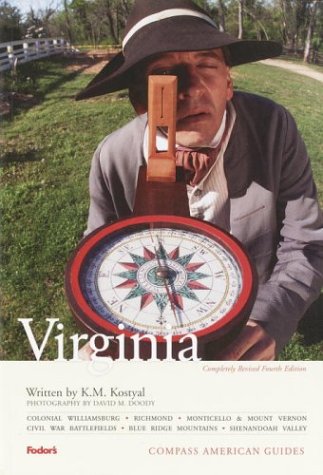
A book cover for Compass American Guides: Virginia, 4th Edition (Full-color Travel Guide); Fodor's; Travel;